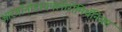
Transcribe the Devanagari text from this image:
आरगॉनोडायफ्लोरोमिथॅनियम